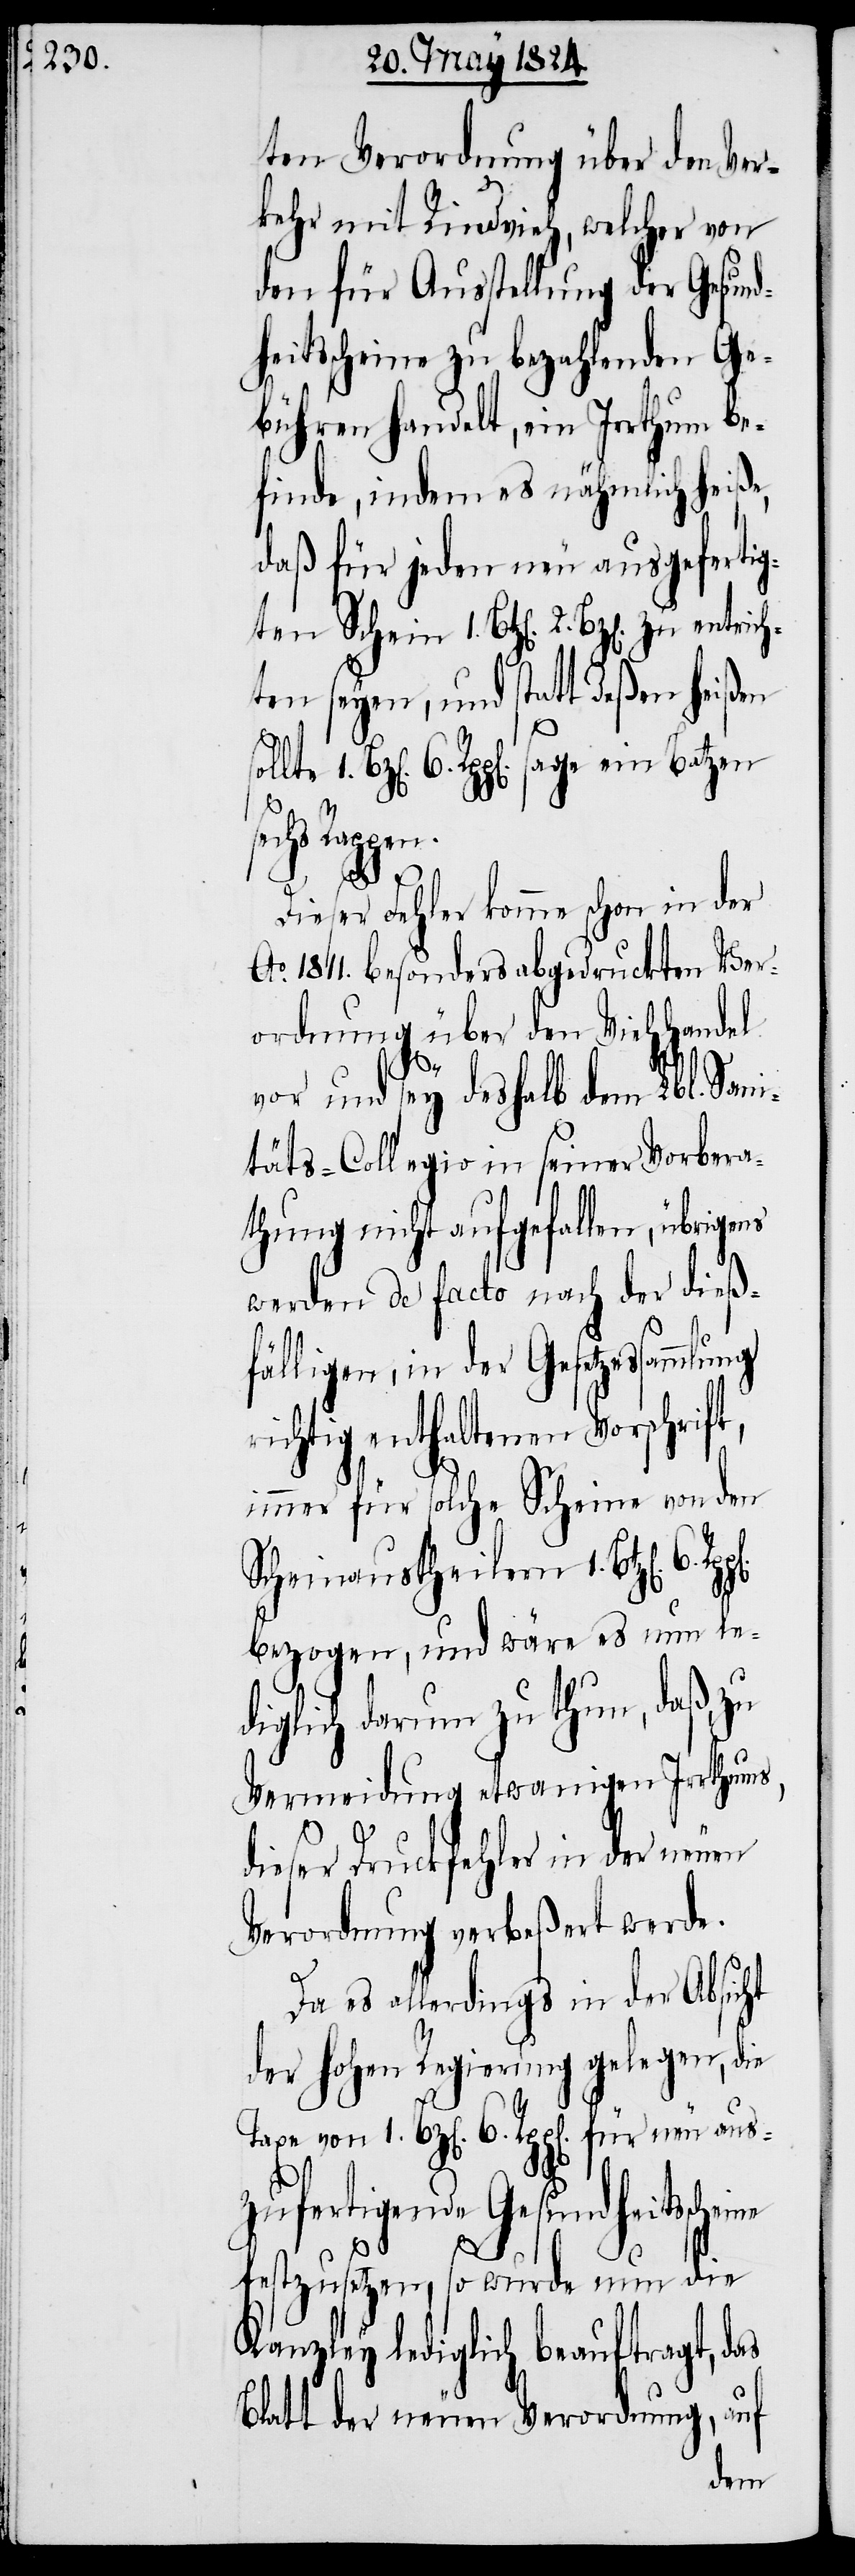
ten Verordnung über den Ver¬
kehr mit Rindvieh, welcher von
den für Ausstellung der Gesund¬
heitsscheine zu bezahlenden Ge¬
bühren handelt, ein Irrthum be¬
finde, indem es nähmlich heiße,
daß für jeden neu ausgefertig¬
ten seyen, und statt deßen heißen
6. Rpp[en]. sage ein Batzen
echs Rappen.
Dieser Fehler komme schon in der
o. 1811. besonders abgedruckten Ver¬
ordnung über den Viehhandel
vor und sey deshalb dem Lbl. Sani¬
täts-Collegio in seiner Vorbera¬
thung nicht aufgefallen, übrigens
werden de facto nach der dieß¬
fälligen, in der Gesetzessamm¬
richtig enthaltenen Vorschrif¬
immer für solche Scheine von den
Scheinaustheilern 1. Btz[e¬
bezogen, und wäre es nun le¬
diglich darum zu thun, daß, zu
Vermeidung etwanigen Irrthums,
dieser Druckfehler in der neuen
Verordnung verbeßert werde.
Da es allerdings in der Absicht
der hohen Regierung gelegen, die
Taxe von 1. Bz[en]. 6. Rpp[en]. für neu aus¬
t,
eine
zufertigende Gesundheitssch¬
festzusetzen, so wurde nun die
Kanzley lediglich beauftragt, das
Blatt der neuen Verordnung, auf